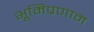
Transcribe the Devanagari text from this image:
भूमिप्रणाम